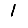
Digit: 1